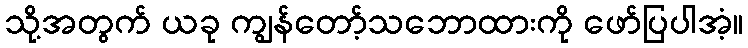
သို့အတွက် ယခု ကျွန်တော့်သဘောထားကို ဖော်ပြပါအံ့။